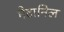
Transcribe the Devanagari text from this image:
मेटानिल